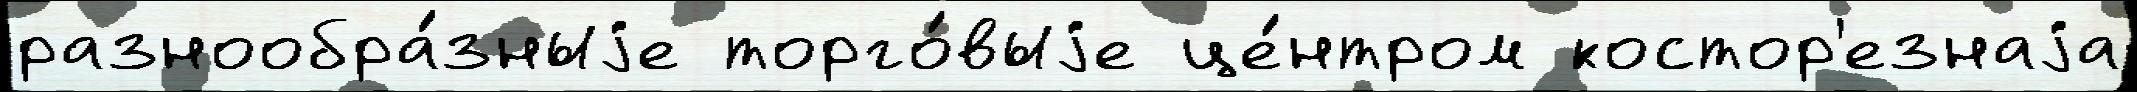
разнообра́зныjе торго́выjе це́нтром костор'езнаjа